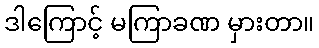
ဒါကြောင့် မကြာခဏ မှားတာ။